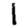
Digit: 1